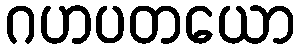
ဂဟပတယော